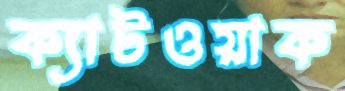
ক্যাটওয়াক